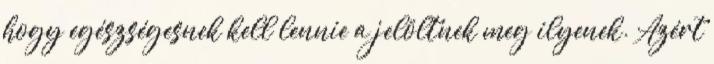
hogy egészségesnek kell lennie a jelöltnek meg ilyenek. Azért